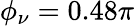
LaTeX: \phi_{\nu}=0.48\pi